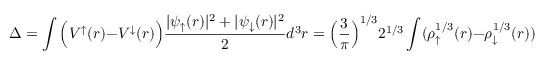
\Delta = \int \Big ( V ^ { \uparrow } ( r ) - V ^ { \downarrow } ( r ) \Big ) \frac { | \psi _ { \uparrow } ( r ) | ^ { 2 } + | \psi _ { \downarrow } ( r ) | ^ { 2 } } { 2 } d ^ { 3 } r = \Big ( \frac { 3 } { \pi } \Big ) ^ { 1 / 3 } 2 ^ { 1 / 3 } \int ( \rho _ { \uparrow } ^ { 1 / 3 } ( r ) - \rho _ { \downarrow } ^ { 1 / 3 } ( r ) ) \frac { | \psi _ { \uparrow } ( r ) | ^ { 2 } + | \psi _ { \downarrow } ( r ) | ^ { 2 } } { 2 } d ^ { 3 } r